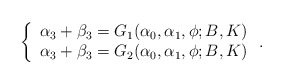
\begin{align*}\left\{\begin{array}{ll}\alpha_3+\beta_3=G_1(\alpha_0,\alpha_1,\phi;B,K)\\\alpha_3+\beta_3=G_2(\alpha_0,\alpha_1,\phi;B,K)\end{array}\right. .\end{align*}